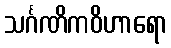
သင်္ဂဏိကဝိဟာရော